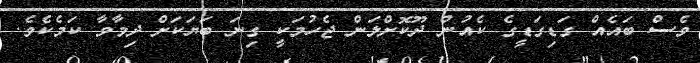
ވެސް ބައެއް ގަޑިގަޑީގެ ކެއުން ދޫކޮށްލަން ޖެހުމަކީ ގިނަ ބަޔަކަށް ދިމާވާ ކަމެކެވެ.